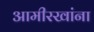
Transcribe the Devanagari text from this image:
आमीरखांना